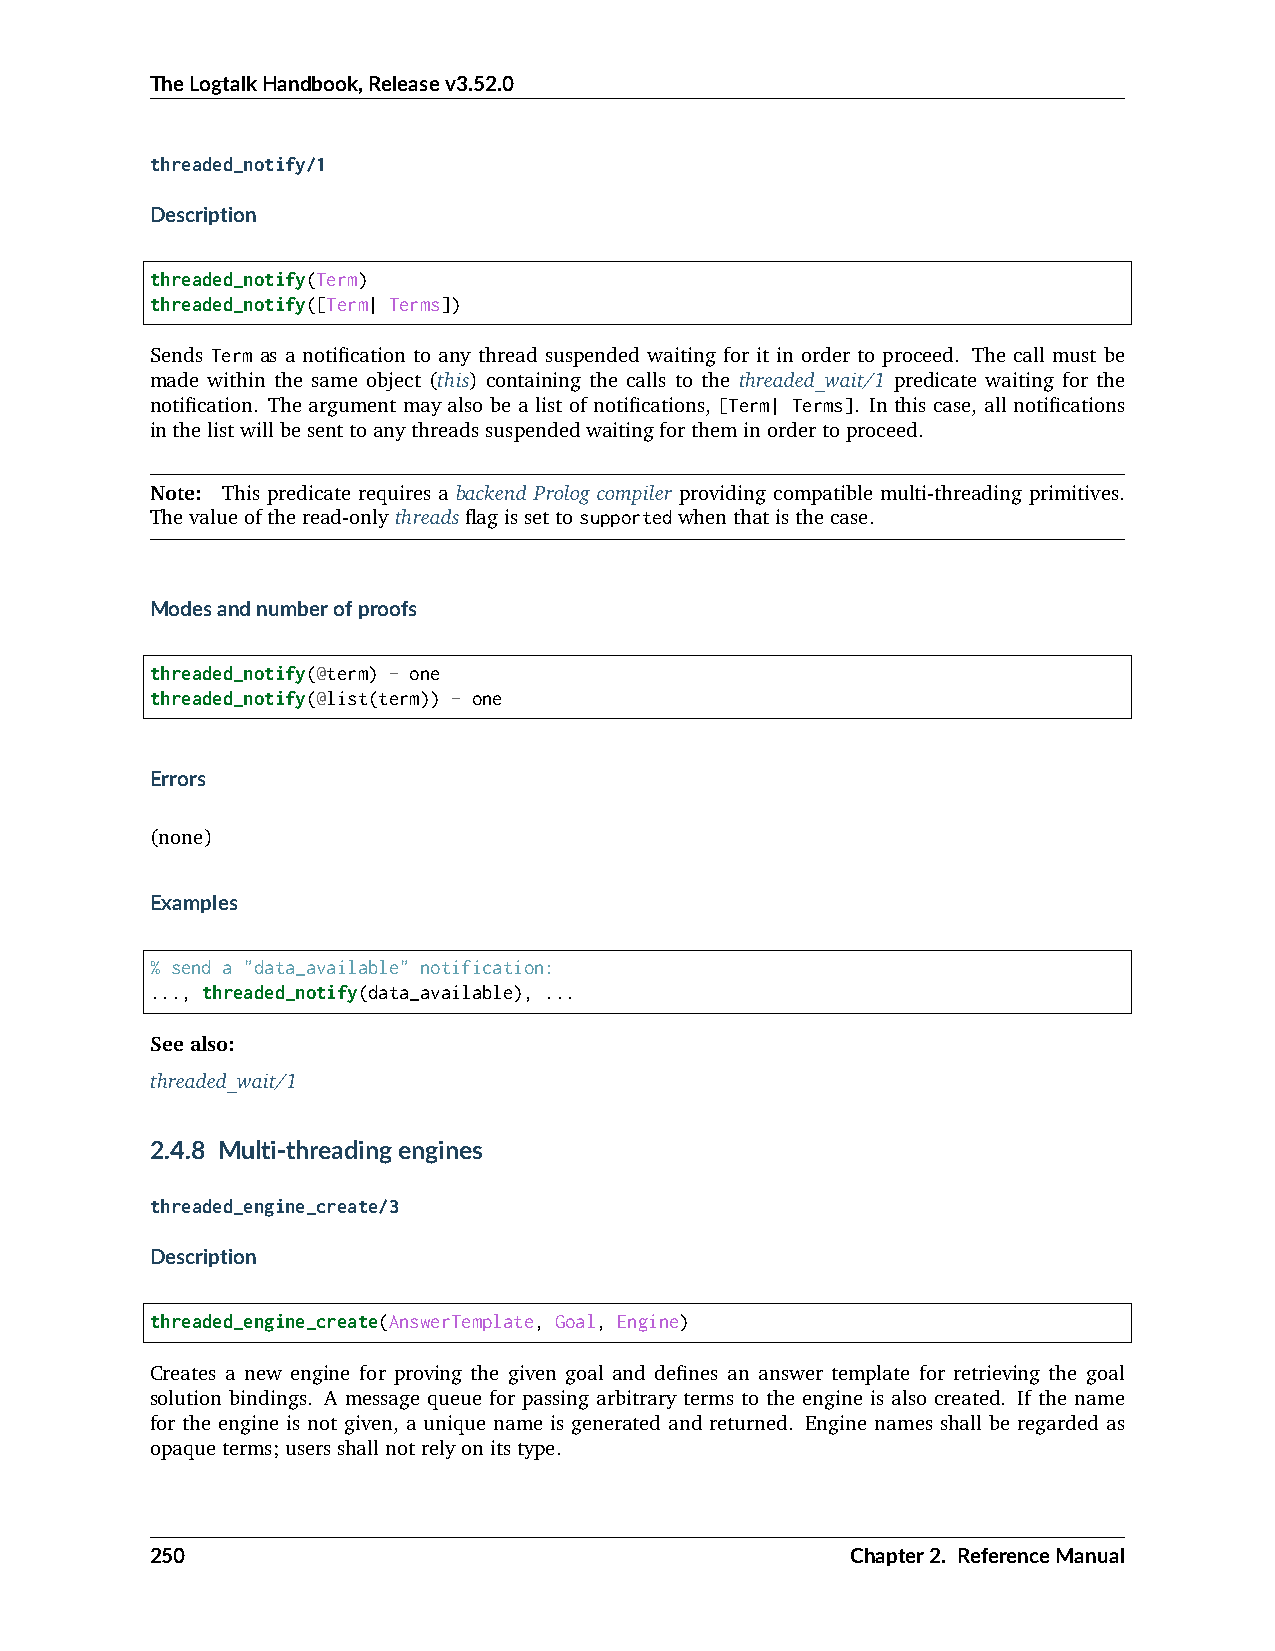
TheLogtalkHandbook,Releasev3.52.0
 threaded_notify/1
 Description
 threaded_notify(Term)
 threaded_notify([Term| Terms])
 Sends Term as a notification to any thread suspended waiting for it in order to proceed. The call must be
 made within the same object (this) containing the calls to the threaded_wait/1 predicate waiting for the
 notification. The argument may also be a list of notifications, [Term| Terms]. In this case, all notifications
 inthelistwillbesenttoanythreadssuspendedwaitingfortheminordertoproceed.
 Note: This predicate requires a backend Prolog compiler providing compatible multi-threading primitives.
 Thevalueoftheread-onlythreadsflagissettosupportedwhenthatisthecase.
 Modesandnumberofproofs
 threaded_notify(@term) - one
 threaded_notify(@list(term)) - one
 Errors
 (none)
 Examples
 % send a "data_available" notification:
 ..., threaded_notify(data_available), ...
 Seealso:
 threaded_wait/1
 2.4.8 Multi-threadingengines
 threaded_engine_create/3
 Description
 threaded_engine_create(AnswerTemplate, Goal, Engine)
 Creates a new engine for proving the given goal and defines an answer template for retrieving the goal
 solution bindings. A message queue for passing arbitrary terms to the engine is also created. If the name
 for the engine is not given, a unique name is generated and returned. Engine names shall be regarded as
 opaqueterms;usersshallnotrelyonitstype.
 250                                           Chapter2. ReferenceManual